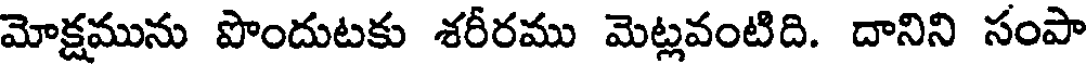
మోక్షమును పొందుటకు శరీరము మెట్లవంటిది. దానిని సంపా